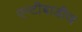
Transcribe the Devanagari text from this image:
एन्टीबाडीज